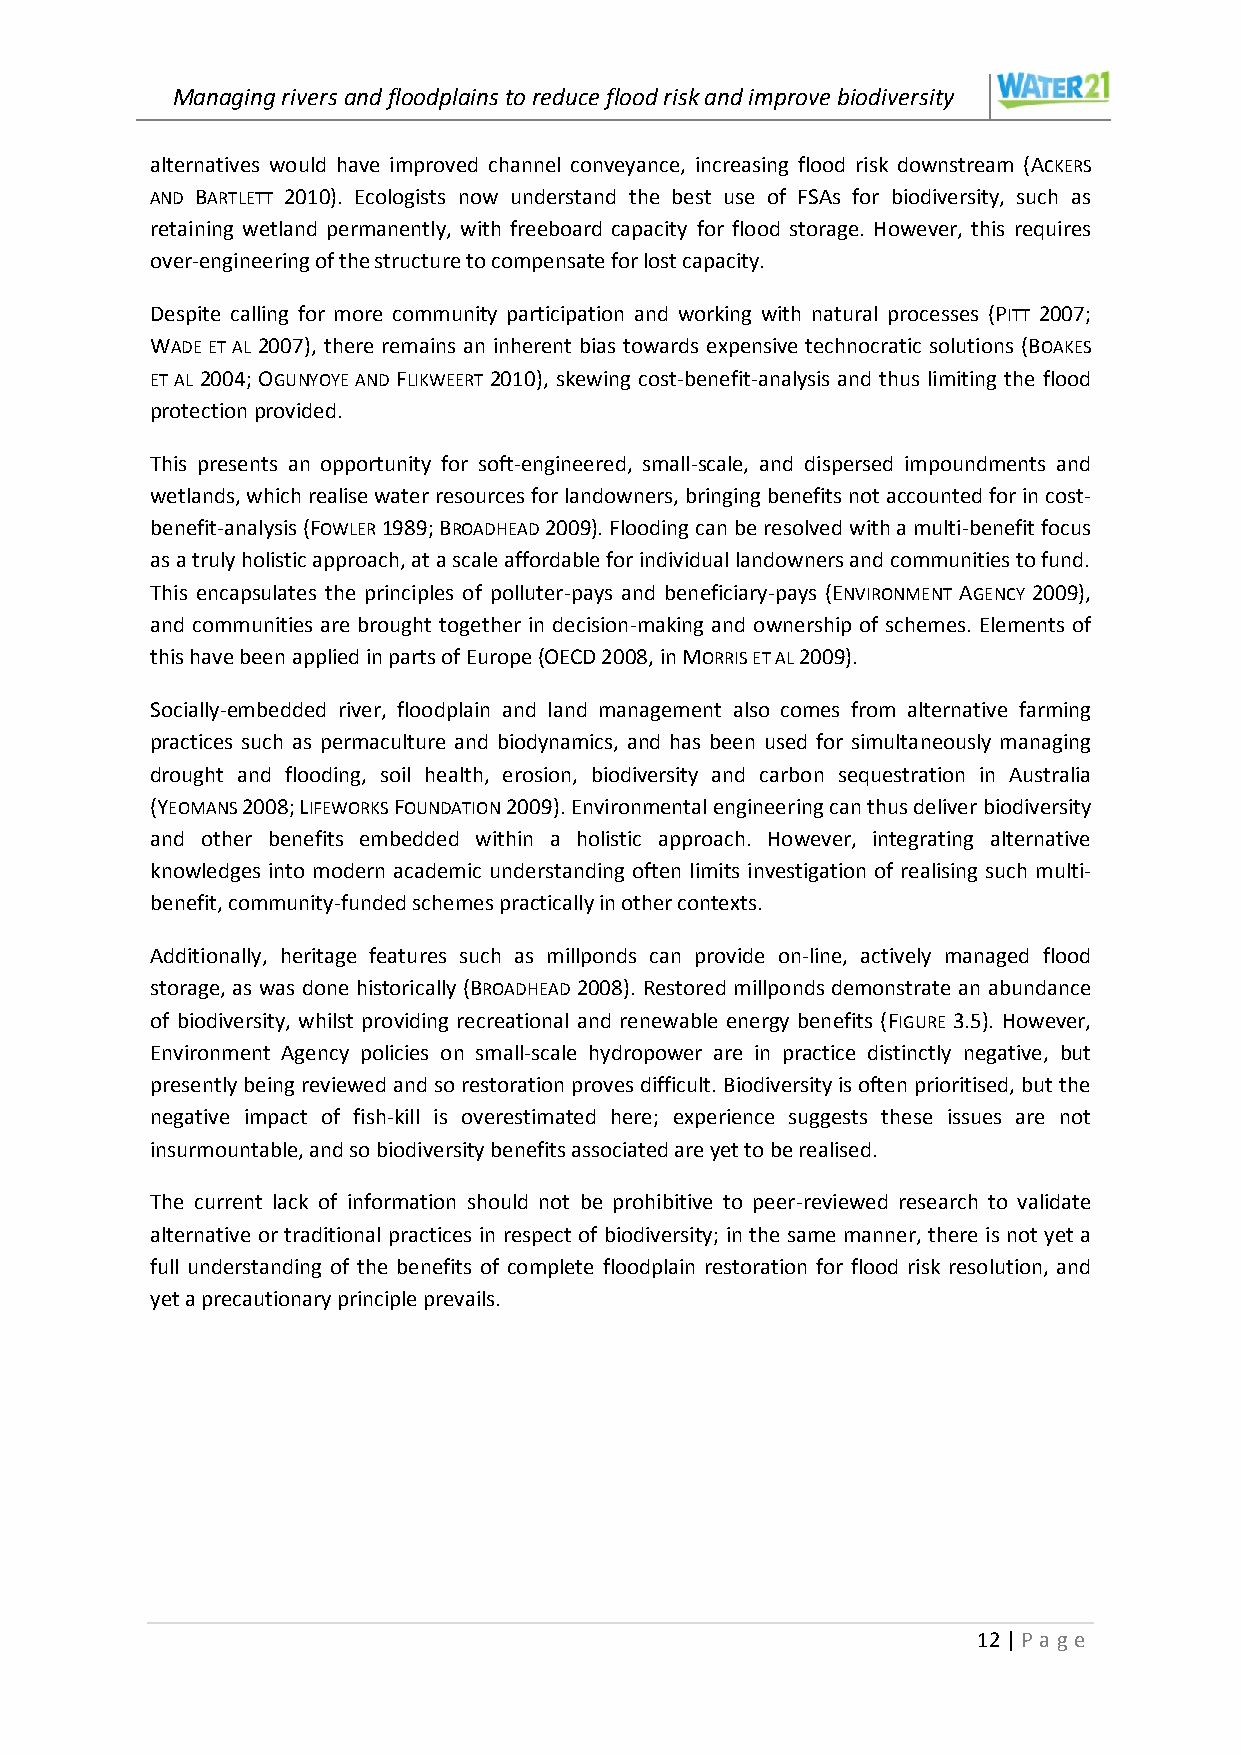
Managing rivers and floodplains to reduce flood risk and improve biodiversity
 alternatives would have improved channel conveyance, increasing flood risk downstream (ACKERS
 AND BARTLETT 2010). Ecologists now understand the best use of FSAs for biodiversity, such as
 retaining wetland permanently, with freeboard capacity for flood storage. However, this requires
 over-engineering of the structure to compensate for lost capacity.
 Despite calling for more community participation and working with natural processes (PITT 2007;
 WADE ET AL 2007), there remains an inherent bias towards expensive technocratic solutions (BOAKES
 ET AL 2004; OGUNYOYE AND FLIKWEERT 2010), skewing cost-benefit-analysis and thus limiting the flood
 protection provided.
 This presents an opportunity for soft-engineered, small-scale, and dispersed impoundments and
 wetlands, which realise water resources for landowners, bringing benefits not accounted for in cost-
 benefit-analysis (FOWLER 1989; BROADHEAD 2009). Flooding can be resolved with a multi-benefit focus
 as a truly holistic approach, at a scale affordable for individual landowners and communities to fund.
 This encapsulates the principles of polluter-pays and beneficiary-pays (ENVIRONMENT AGENCY 2009),
 and communities are brought together in decision-making and ownership of schemes. Elements of
 this have been applied in parts of Europe (OECD 2008, in MORRIS ET AL 2009).
 Socially-embedded river, floodplain and land management also comes from alternative farming
 practices such as permaculture and biodynamics, and has been used for simultaneously managing
 drought and flooding, soil health, erosion, biodiversity and carbon sequestration in Australia
 (YEOMANS 2008; LIFEWORKS FOUNDATION 2009). Environmental engineering can thus deliver biodiversity
 and other benefits embedded within a holistic approach. However, integrating alternative
 knowledges into modern academic understanding often limits investigation of realising such multi-
 benefit, community-funded schemes practically in other contexts.
 Additionally, heritage features such as millponds can provide on-line, actively managed flood
 storage, as was done historically (BROADHEAD 2008). Restored millponds demonstrate an abundance
 of biodiversity, whilst providing recreational and renewable energy benefits (FIGURE 3.5). However,
 Environment Agency policies on small-scale hydropower are in practice distinctly negative, but
 presently being reviewed and so restoration proves difficult. Biodiversity is often prioritised, but the
 negative impact of fish-kill is overestimated here; experience suggests these issues are not
 insurmountable, and so biodiversity benefits associated are yet to be realised.
 The current lack of information should not be prohibitive to peer-reviewed research to validate
 alternative or traditional practices in respect of biodiversity; in the same manner, there is not yet a
 full understanding of the benefits of complete floodplain restoration for flood risk resolution, and
 yet a precautionary principle prevails.
 12 | P age